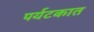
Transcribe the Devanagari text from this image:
पर्यटकात